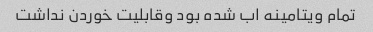
تمام ویتامینه اب شده بود وقابلیت خوردن نداشت